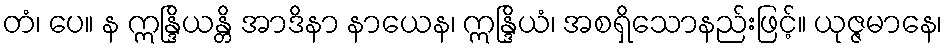
တံ၊ ပေ။ န ဣန္ဒြိယန္တိ အာဒိနာ နာယေန၊ ဣန္ဒြိယံ၊ အစရှိသောနည်းဖြင့်။ ယုဇ္ဇမာနေ၊